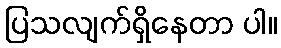
ပြသလျက်ရှိနေတာ ပါ။